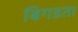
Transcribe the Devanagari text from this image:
बिगडता